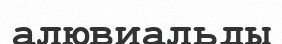
алювиальды